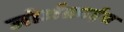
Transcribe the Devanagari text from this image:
जोर्जक्राईस